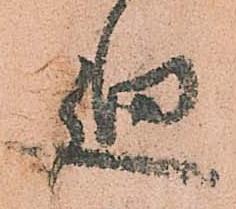
廻